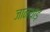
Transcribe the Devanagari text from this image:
जानथाड़